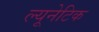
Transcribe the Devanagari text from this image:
ल्यूनेटिक